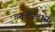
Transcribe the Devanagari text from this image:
चतुर्भजदास